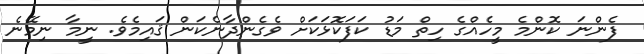
ފެންނަ ކޮންމެ މީހެއްގެ ހިތް މަޑު ކަފަކޮޅަކަށް ވެގެންދާނެކަން ޤައިމެވެ. ނީމާ ނިމޭނެ